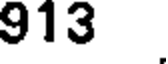
913